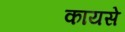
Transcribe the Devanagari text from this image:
कायसे